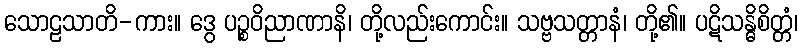
သောဠသာတိ-ကား။ ဒွေ ပဉ္စဝိညာဏာနိ၊ တို့လည်းကောင်း။ သဗ္ဗသတ္တာနံ၊ တို့၏။ ပဋိသန္ဓိစိတ္တံ၊